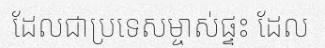
ដែលជាប្រទេសម្ចាស់ផ្ទះ ដែល